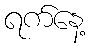
ရက်နေ့